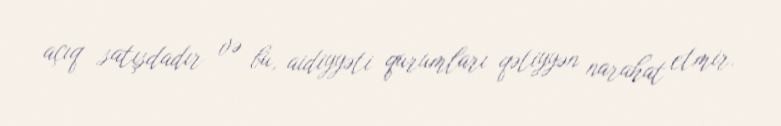
açıq satışdadır və bu, aidiyyəti qurumları qətiyyən narahat etmir.